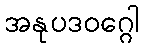
အနုပဒဝဂ္ဂေါ